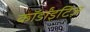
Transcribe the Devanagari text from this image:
कॉर्डांइटिज़